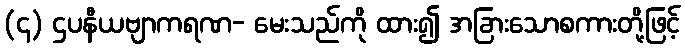
(၄) ဌပနီယဗျာကရဏ- မေးသည်ကို ထား၍ အခြားသောစကားတို့ဖြင့်